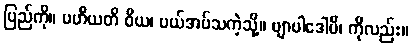
ပြည်ကို။ ပဟီယတိ ဝိယ၊ ပယ်အပ်သကဲ့သို့။ ဗျာပါဒေါပိ၊ ကိုလည်း။